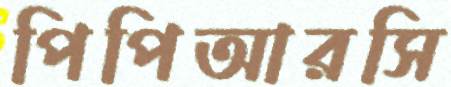
পিপিআরসি